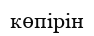
көпірін